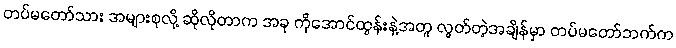
တပ်မတော်သား အများစုလို့ ဆိုလိုတာက အခု ကိုအောင်ထွန်းနဲ့အတူ လွတ်တဲ့အချိန်မှာ တပ်မတော်ဘက်က